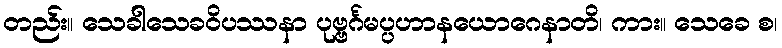
တည်း။ သေခါသေခဝိပဿနာ ပုဗ္ဗင်္ဂမပ္ပဟာနယောဂေနာတိ၊ ကား။ သေခေ စ၊